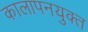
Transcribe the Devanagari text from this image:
कालापनयुक्त